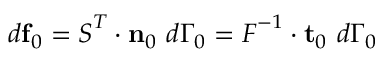
d \mathbf { f } _ { 0 } = { \boldsymbol { S } } ^ { T } \cdot \mathbf { n } _ { 0 } ~ d \Gamma _ { 0 } = { \boldsymbol { F } } ^ { - 1 } \cdot \mathbf { t } _ { 0 } ~ d \Gamma _ { 0 }